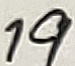
Text: 19